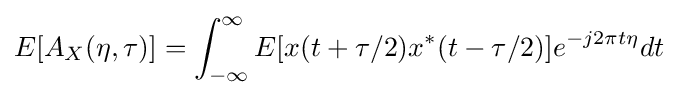
E[A_{X}(\eta ,\tau )]=\int _{-\infty }^{\infty }E[x(t+\tau /2)x^{*}(t-\tau /2)]e^{-j2\pi t\eta }dt